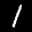
Label: 1